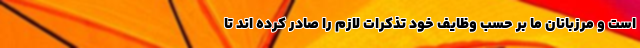
است و مرزبانان ما بر حسب وظایف خود تذکرات لازم را صادر کرده اند تا